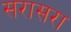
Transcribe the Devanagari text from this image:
सरासरा